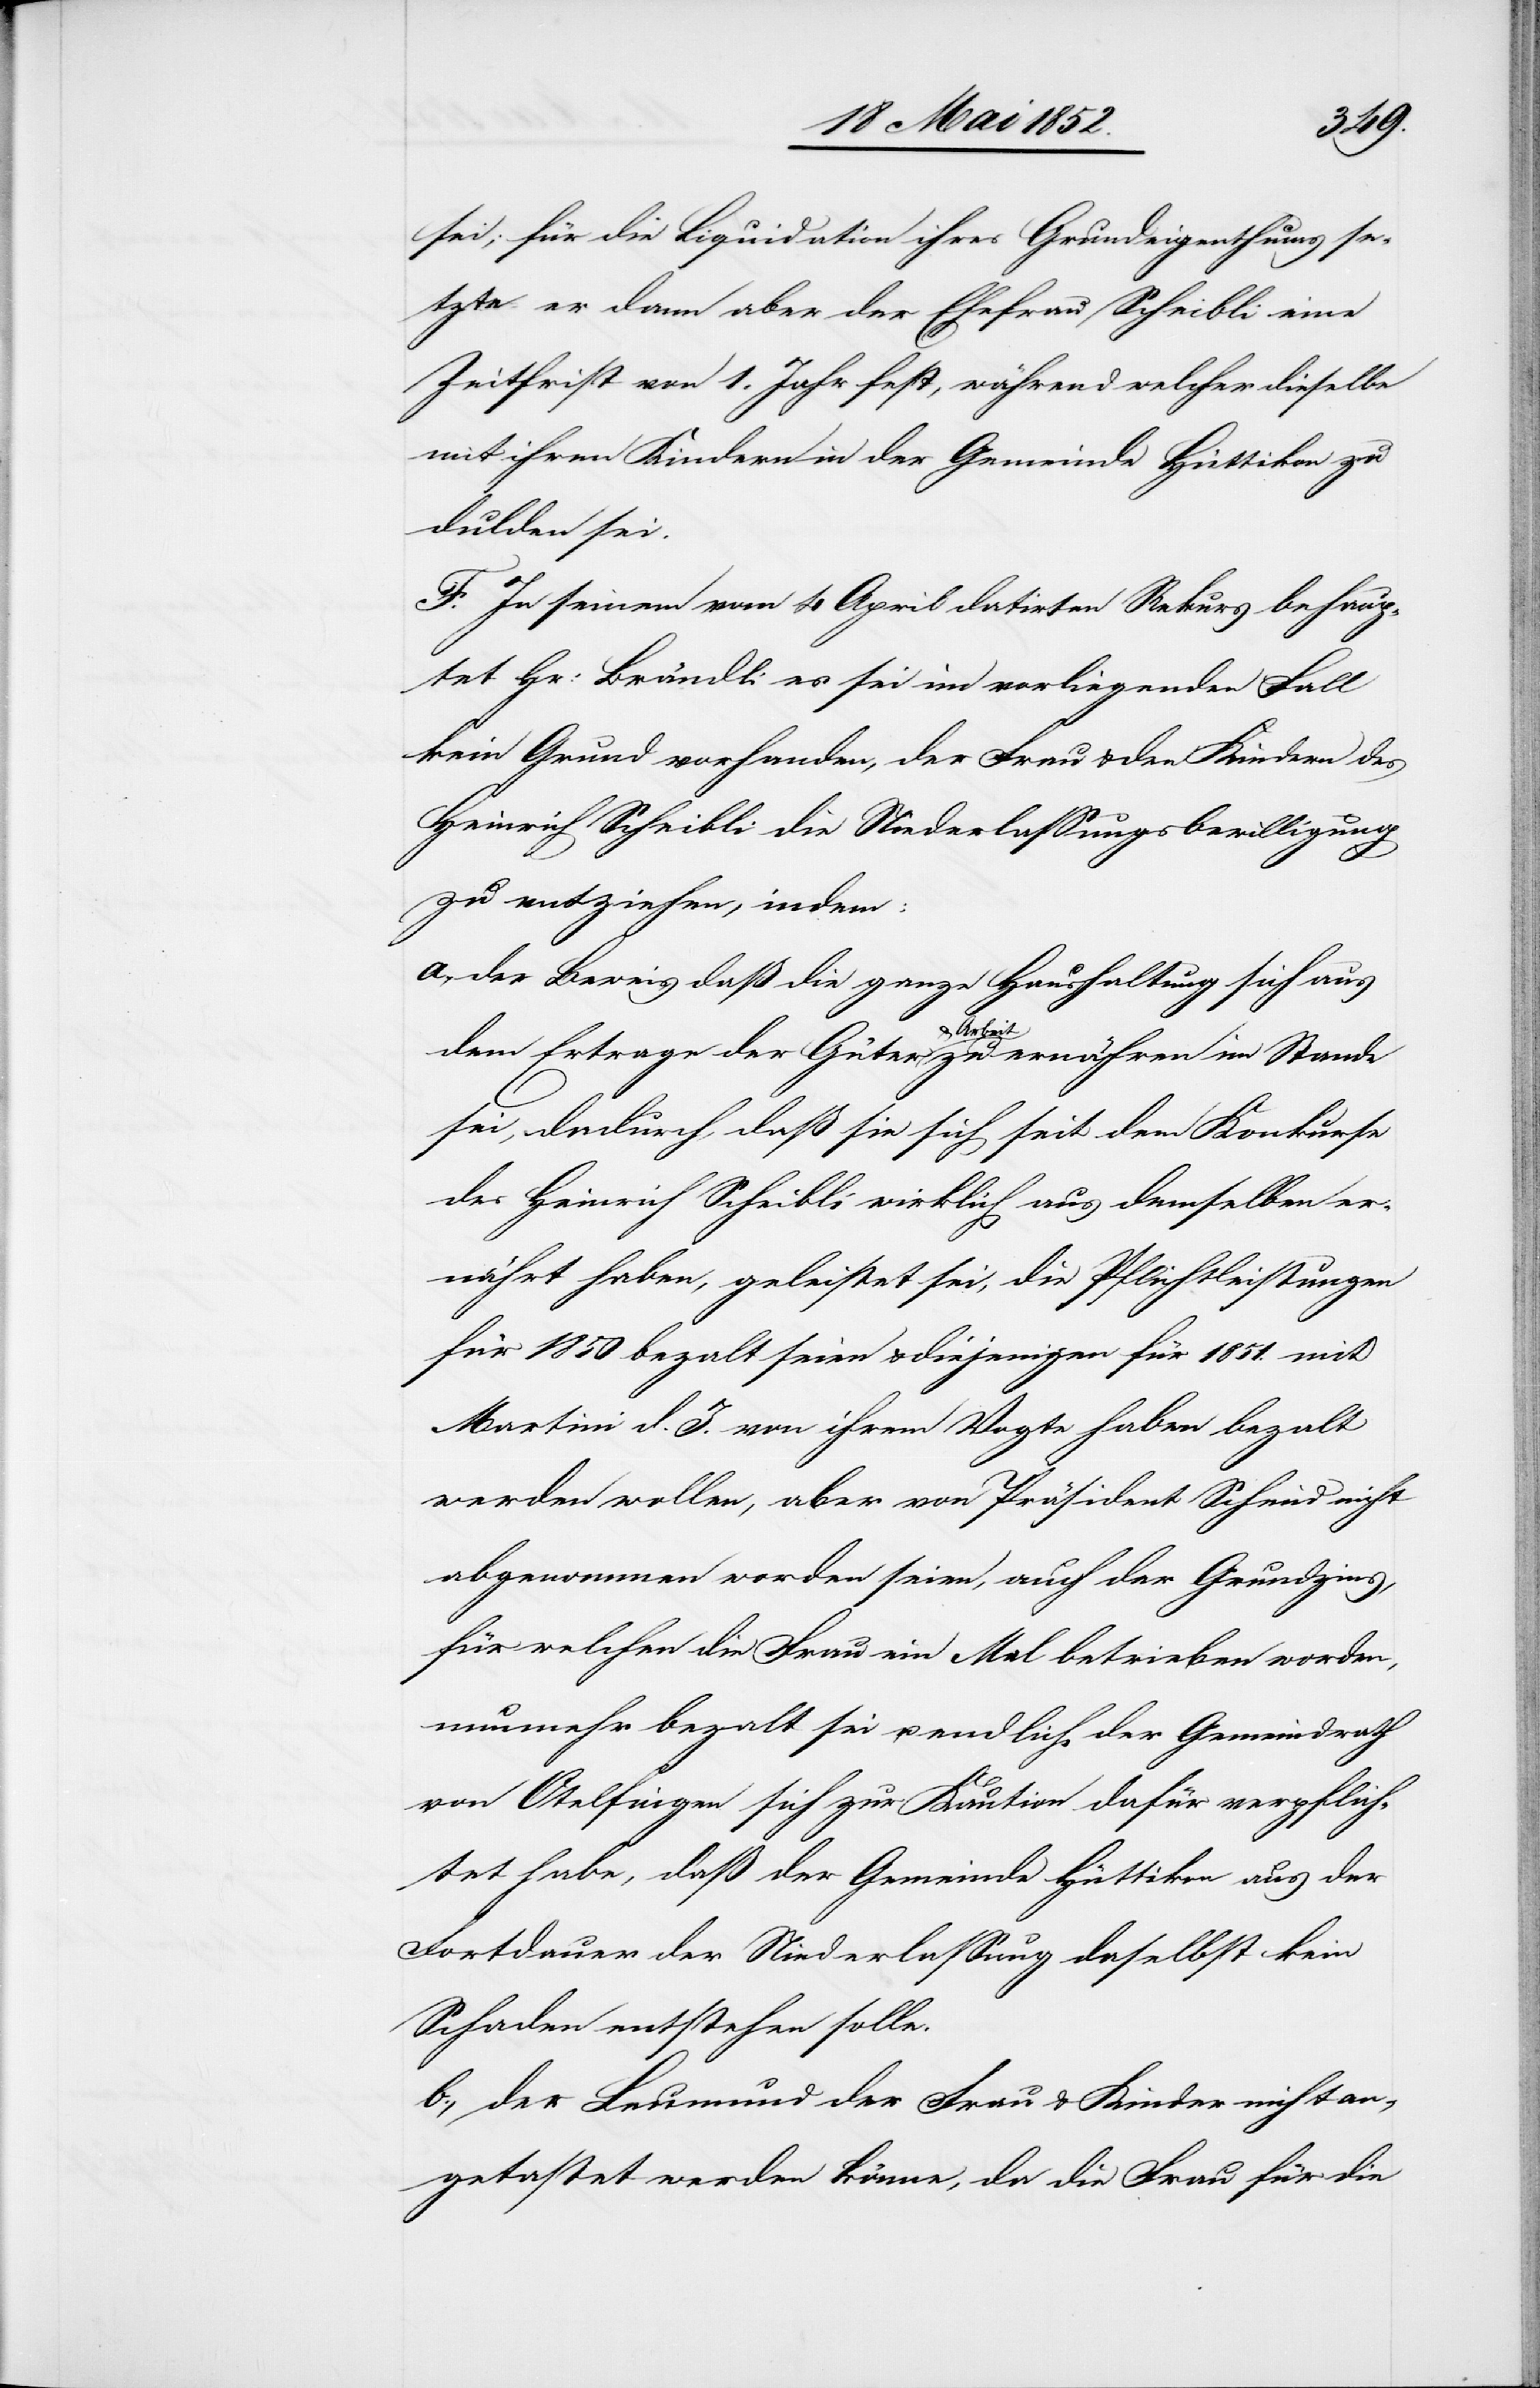
sei; für die Liquidation ihres Grundeigenthums se¬
tzte er dann aber der Ehefrau Scheibli eine
Zeitfrist von 1. Jahr fest, während welcher dieselbe
mit ihren Kindern in der Gemeinde Hüttikon zu
dulden sei.
F. In seinem vom 4 April datirten Rekurs behaup¬
tet Hr: Brändli es sei im vorliegenden Fall
kein Grund vorhanden, der Frau & den Kindern des
Heinrich Scheibli die Niederlassungsbewilligung
zu entziehen, indem:
a., der Beweis, daß die ganze Haushaltung sich aus
dem Ertrage der Güter & Arbeit zu ernähren im Stande
sei, dadurch, daß sie sich seit dem Konkurse
des Heinrich Scheibli wirklich aus demselben er¬
nährt haben, geleistet sei, die Pflichtleistungen
für 1850 beza[h]lt seien & diejenigen für 1851. mit
Martini d. J. von ihrem Vogte haben beza[h]lt
werden wollen, aber von Präsident Schmid nicht
abgenommen worden seien, auch der Grundzins,
für welchen die Frau ein Mal betrieben worden,
nunmehr beza[h]lt sei u. endlich der Gemeindrath
von Otelfingen sich zur Kaution dafür verpflich¬
tet habe, daß der Gemeinde Hüttikon aus der
Fortdauer der Niederlassung daselbst kein
Schaden entstehen solle.
b., der Leumund der Frau & Kinder nicht an¬
getastet werden könne, da die Frau für die